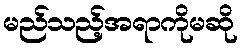
မည်သည့်အရာကိုမဆို